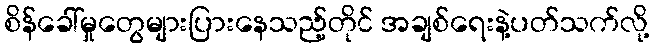
စိန်ခေါ်မှုတွေများပြားနေသည့်တိုင် အချစ်ရေးနဲ့ပတ်သက်လို့